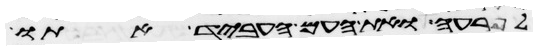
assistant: לפרעה ואת העם העביד אתו